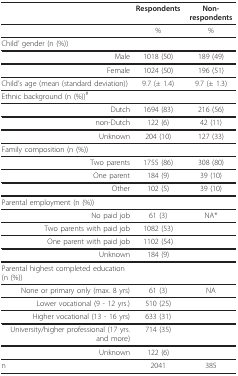
|  | Respondents | Non-respondents |
 | --- | --- | --- |
 |  | % | % |
 | Child' gender (n (%)) |  |  |
 | Male | 1018 (50) | 189 (49) |
 | Female | 1024 (50) | 196 (51) |
 | Child's age (mean (standard deviation)) | 9.7 (± 1.4) | 9.7 (± 1.3) |
 | Ethnic background (n (%))# |  |  |
 | Dutch | 1694 (83) | 216 (56) |
 | non-Dutch | 122 (6) | 42 (11) |
 | Unknown | 204 (10) | 127 (33) |
 | Family composition (n (%)) |  |  |
 | Two parents | 1755 (86) | 308 (80) |
 | One parent | 184 (9) | 39 (10) |
 | Other | 102 (5) | 39 (10) |
 | Parental employment (n (%)) |  |  |
 | No paid job | 61 (3) | NA* |
 | Two parents with paid job | 1082 (53) |  |
 | One parent with paid job | 1102 (54) |  |
 | Unknown | 184 (9) |  |
 | Parental highest completed education (n (%)) |  |  |
 | None or primary only (max. 8 yrs) | 61 (3) | NA |
 | Lower vocational (9 - 12 yrs.) | 510 (25) |  |
 | Higher vocational (13 - 16 yrs) | 633 (31) |  |
 | University/higher professional (17 yrs. and more) | 714 (35) |  |
 | Unknown | 122 (6) |  |
 | n | 2041 | 385 |